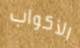
الأكواب